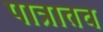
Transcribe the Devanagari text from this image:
पात्रातच